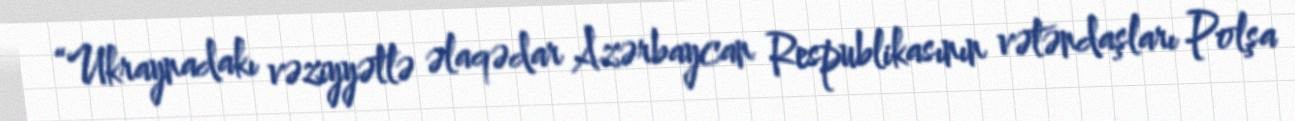
“Ukraynadakı vəziyyətlə əlaqədar Azərbaycan Respublikasının vətəndaşları Polşa